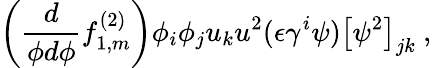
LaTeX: \left(\frac{d}{\phi d\phi}f_{1,m}^{(2)}\right)\phi_{i}\phi_{j}u_{k}u^{2}(\epsilon\gamma^{i}\psi)\left[\psi^{2}\right]_{jk}~,